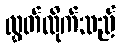
လွှတ်လိုက်သည်